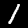
Label: 1